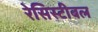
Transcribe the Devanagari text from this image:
रेसिस्टीबल